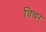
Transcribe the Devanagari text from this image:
विचर्